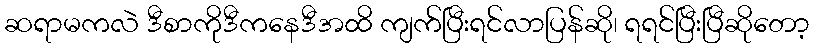
ဆရာမကလဲ ဒီစာကိုဒီကနေဒီအထိ ကျက်ပြီးရင်လာပြန်ဆို၊ ရရင်ပြီးပြီဆိုတော့